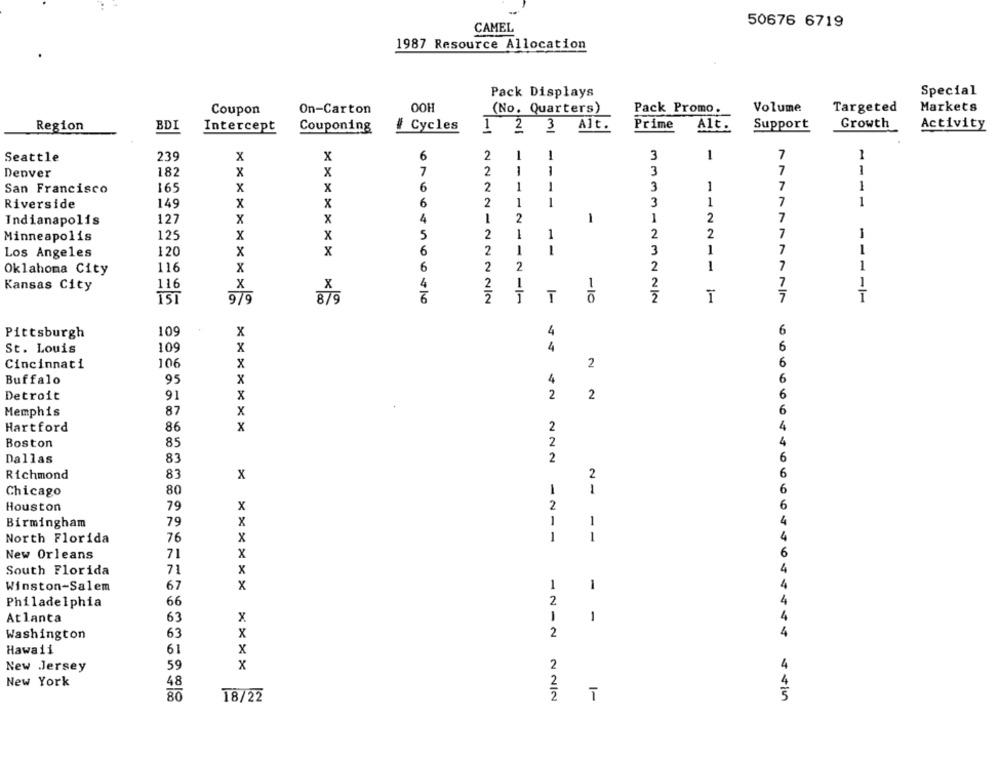
50676 6719
CAMEL
1987 Resource Allocation
Special
Pack Displays
Coupon
On-Carton
OOH
(No. Quarters)
Pack Promo.
Volume
Targeted
Markets
Region
BD
Intercept
Couponing
# Cycles
1 2 3 Alt.
Prime
Alt.
Support
Growth
Activity
Seattle
239
X
X
6
1
1
3
1
7
1
Denver
182
X
x
7
1
1
3
7
1
San Francisco
165
x
x
6
1
1
3
1
7
1
Riverside
149
x
x
6
1
1
3
1
7
1
127
x
X
4
2
1
1
2
7
Indianapolis
125
5
1
2
2
7
1
Minneapolis
X
x
120
X
X
6
1
1
3
1
7
1
Los Angeles
2
7
1
Oklahoma City
116
x
6
2
1
7
1
Kansas City
116
X
X
4
1
1
2
15T
979
8 / 9
T
Pittsburgh
109
x
4
6
St. Louis
109
x
6
Cincinnati
106
x
2
Buffalo
X
4
95
Detroit
2
2
91
X
Memphis
87
x
x
2
Hartford
86
2
Boston
85
Dallas
83
2
Richmond
83
x
2
Chicago
80
1
-
Houston
79
x
2
Birmingham
79
X
1
North Florida
76
x
1
1
New Orleans
71
x
South Florida
71
x
67
1
1
Winston-Salem
x
Philadelphia
66
2
1
1
Atlanta
63
x
Washington
63
x
2
Hawaii
61
X
New Jersey
59
x
2
New York
48
2
80
18/22
-
5